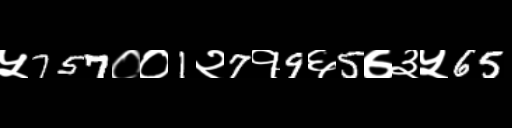
Text: ५757००1२7१9६5७३५65